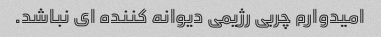
امیدوارم چربی رژیمی دیوانه کننده ای نباشد.